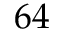
6 4